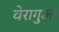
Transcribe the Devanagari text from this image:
वेरागुआ